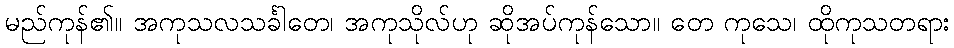
မည်ကုန်၏။ အကုသလသင်္ခါတေ၊ အကုသိုလ်ဟု ဆိုအပ်ကုန်သော။ တေ ကုသေ၊ ထိုကုသတရား